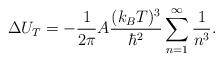
LaTeX: \begin{align*}\Delta U_T= - {1\over 2\pi} A {(k_B T)^3\over \hbar^2}\sum_{n=1}^{\infty}{1\over n^3}.\end{align*}